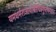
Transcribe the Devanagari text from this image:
यमधर्मराजायाश्रीचित्रगुप्तभगवान